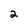
Character: 2